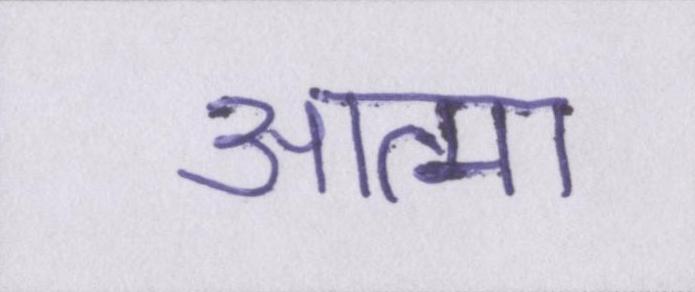
आत्मा